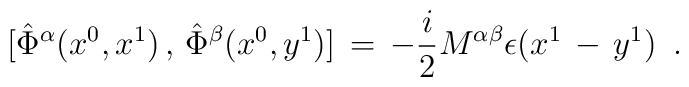
\mbox{} [\hat{\Phi}^{\alpha}(x^{0},x^{1})\,,\,\hat{\Phi}^{\beta}(x^{0},y^{1})] \,=\,-\frac{i}{2} M ^{\alpha \beta}\epsilon(x^{1}\,-\,y^{1})\,\,\, .